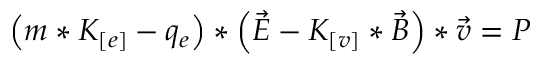
\left( m * K _ { [ e ] } - q _ { e } \right) * \left( \vec { E } - K _ { [ v ] } * \vec { B } \right) * \vec { v } = P